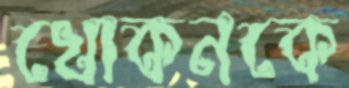
খোকনকে